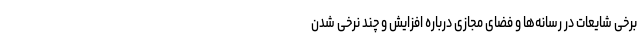
برخی شایعات در رسانه‌ها و فضای مجازی درباره افزایش و چند نرخی شدن